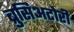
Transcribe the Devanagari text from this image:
ब्रुसिअटोरी